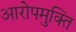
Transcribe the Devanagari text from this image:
आरोपमुक्ति